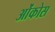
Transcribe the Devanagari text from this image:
ओंकोस